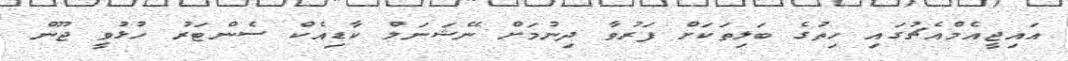
އައިޖީއެމްއެޗުގައި ހިތުގެ ބަލިތަކަށް ފަރުވާ ދިނުމަށް ނޭޝަނަލް ކާޑިއެކް ސެންޓަރު ހުޅުވީ ޖޫން